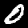
Digit: 0